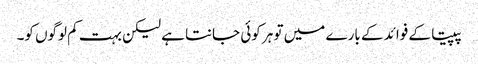
پپیتا کے فوائد کے بارے میں تو ہر کوئی جانتا ہے لیکن بہت کم لوگوں کو۔